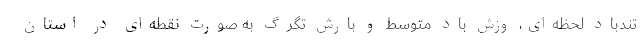
تندباد لحظه‌ای، وزش باد متوسط و بارش تگرگ به صورت نقطه‌ای در استان